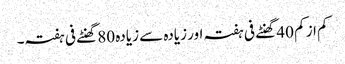
کم از کم 40 گھنٹے فی ہفتہ اور زیادہ سے زیادہ 80 گھنٹے فی ہفتہ۔